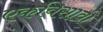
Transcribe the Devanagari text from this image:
एकविसावी